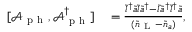
\begin{array} { r l } { [ \mathcal { A } _ { \mathrm { ~ p ~ h ~ } } , \mathcal { A } _ { \mathrm { ~ p ~ h ~ } } ^ { \dagger } ] } & { { } = \frac { \tilde { l } ^ { \dagger } \tilde { a } \tilde { l } \tilde { a } ^ { \dagger } - \tilde { l } \tilde { a } ^ { \dagger } \tilde { l } ^ { \dagger } \tilde { a } } { ( \tilde { n } _ { \mathrm { ~ L ~ } } - \tilde { n } _ { a } ) } , } \end{array}